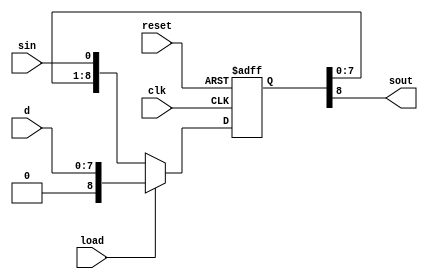
`timescale 1ns / 1ps
//////////////////////////////////////////////////////////////////////////////////
// Company: 
// Engineer: 
// 
// Design Name: 
// Module Name:    shiftreg_parallelin 
// Project Name: 
// Target Devices: 
// Tool versions: 
// Description: 
//
// Dependencies: 
//
// Revision: 
// Revision 0.01 - File Created
// Additional Comments: 
//
//////////////////////////////////////////////////////////////////////////////////
module shiftreg_parallelin #(parameter N = 9)(
	input wire clk,reset,load,sin,
	input wire [N-2:0] d,
	output wire sout);
	
	reg [N-1:0] q;
	always @(posedge clk or posedge reset) begin
		if (reset) begin
			q <= 9'd0; 
		 end else begin  
			if (load) begin
				q <= {2'b0,d};
			end else begin	
				q <= {q[N-2:0], sin};
			end
		end
	end
	assign sout = q[N-1];
endmodule